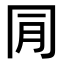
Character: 𠕔